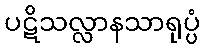
ပဋိသလ္လာနသာရုပ္ပံ